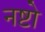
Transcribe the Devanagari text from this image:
नष्टो